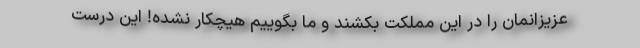
عزیزانمان را در این مملکت بکشند و ما بگوییم هیچکار نشده! این درست